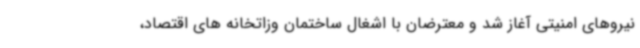
نیروهای امنیتی آغاز شد و معترضان با اشغال ساختمان وزاتخانه های اقتصاد،